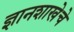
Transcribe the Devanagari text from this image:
ज्ञानशाखेचे